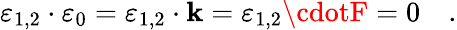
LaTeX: \varepsilon_{1,2}\cdot\varepsilon_{0}=\varepsilon_{1,2}\cdot\mathbf{k}=\varepsilon_{1,2}\cdotF=0\quad.